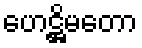
ဟေဋ္ဌိမတော